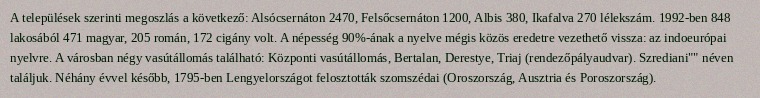
A települések szerinti megoszlás a következő: Alsócsernáton 2470, Felsőcsernáton 1200, Albis 380, Ikafalva 270 lélekszám. 1992-ben 848 lakosából 471 magyar, 205 román, 172 cigány volt. A népesség 90%-ának a nyelve mégis közös eredetre vezethető vissza: az indoeurópai nyelvre. A városban négy vasútállomás található: Központi vasútállomás, Bertalan, Derestye, Triaj (rendezőpályaudvar). Szrediani"" néven találjuk. Néhány évvel később, 1795-ben Lengyelországot felosztották szomszédai (Oroszország, Ausztria és Poroszország).